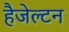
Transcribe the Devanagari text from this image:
हैजेल्टन